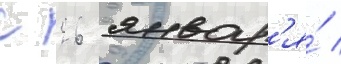
с 26 январ'я́ /